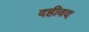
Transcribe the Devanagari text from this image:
दहीवद